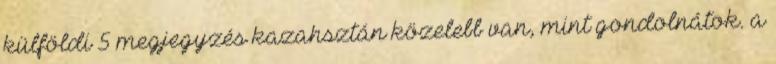
külföldi 5 megjegyzés kazahsztán közelebb van, mint gondolnátok. a